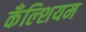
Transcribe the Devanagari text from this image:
कँल्शियम